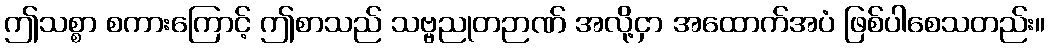
ဤသစ္စာ စကားကြောင့် ဤစာသည် သဗ္ဗညုတဉာဏ် အလို့ငှာ အထောက်အပံ ဖြစ်ပါစေသတည်း။